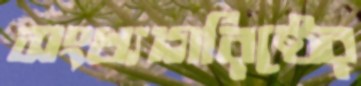
সংখ্যাগরিষ্ঠের